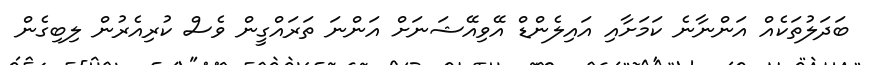
ބަދަލުތަކެއް އަންނާނެ ކަމަށާއި އައިލެންޑް އޭވިއޭޝަނަށް އަންނަ ތަރައްގީން ވެސް ކުރިއެރުން ލިބިގެން